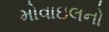
મોવાઇલનો